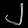
Digit: ၂